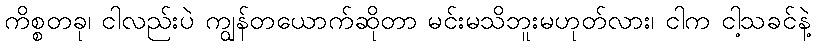
ကိစ္စတခု၊ ငါလည်းပဲ ကျွန်တယောက်ဆိုတာ မင်းမသိဘူးမဟုတ်လား၊ ငါက ငါ့သခင်နဲ့